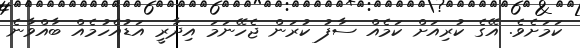
ކަމަށެވެ. އޭގެ ކުރިއަށް ކަމެއް ސާފު ކުރަން ޖެހޭނަމަ އިދާރީ އަޑުއެހުމެއް ބާއްވާނެ